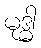
မုဒ္ဓါ